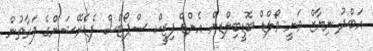
އަބްދު ނިޔާޒް ވަނީ ވޯލްޑް ބޮޑީބިލްޑިން އެންޑް ފިޒީކް ސްޕޯޓްސް ފެޑެރޭޝަންގެ ފަރާތުން